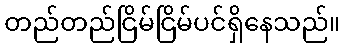
တည်တည်ငြိမ်ငြိမ်ပင်ရှိနေသည်။